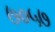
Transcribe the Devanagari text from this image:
७०५७